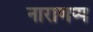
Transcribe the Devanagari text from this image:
नाराणप्प